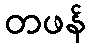
တဖန်